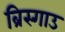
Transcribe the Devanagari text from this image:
ब्रिस्गाउ